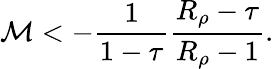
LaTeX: {\cal M}<-\frac{1}{1-\tau}\frac{R_{\rho}-\tau}{R_{\rho}-1}.